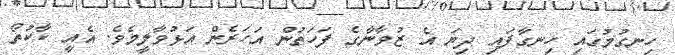
ހިނގުމުގައި ހިނގާފައި ދިޔަ އެ ޒުވާނާގެ ފަހަތުން އަހަރެން އަޅުވާލީމެވެ. އެއީ ކާކުތޯ